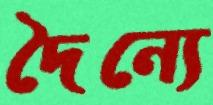
দৈন্যে